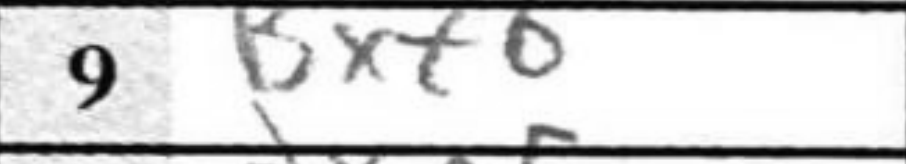
Transcription: Bxf6